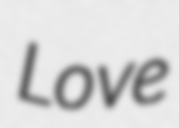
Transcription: Love